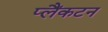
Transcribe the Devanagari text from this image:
प्लैंकटन